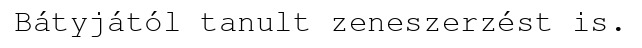
Bátyjától tanult zeneszerzést is.